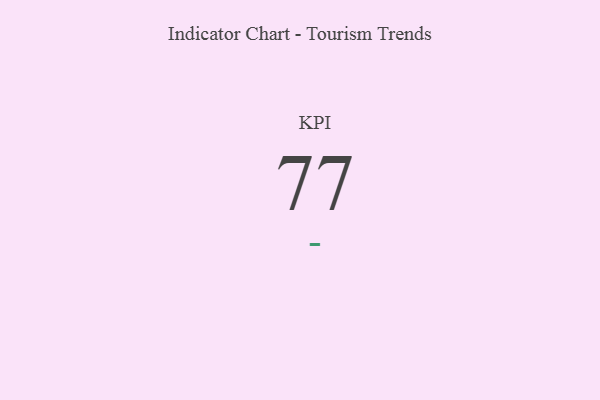
{"axis": {"x": "KPI", "y": "Value"}, "legend": [""], "data": [{"x": "KPI", "y": 77, "type": ""}]}